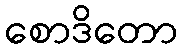
စောဒိတော